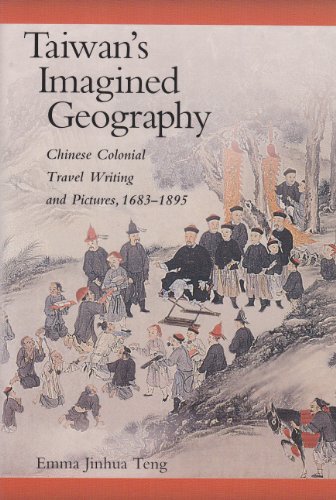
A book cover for Taiwan's Imagined Geography: Chinese Colonial Travel Writing and Pictures, 1683-1895 (Harvard East Asian Monographs); Emma Jinhua Teng; Travel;